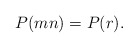
\begin{align*}P(mn)=P(r).\end{align*}